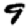
Digit: 9